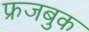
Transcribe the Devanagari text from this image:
फ्रजबुक